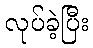
လုပ်ခဲ့ပြီး